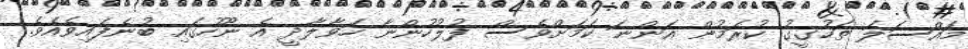
މައްސަލަ ތަހުގީގު ކުރަމުން އަންނަ ކަމަށްވެސް ފުލުހުންނާ ހަވާލާދީ އެ ނޫހުގައި ބުނެފައިވެއެވެ.